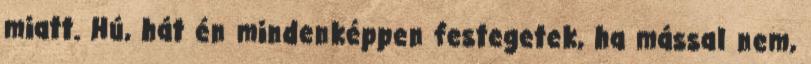
miatt. Hú, hát én mindenképpen festegetek, ha mással nem,